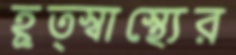
হূত্স্বাস্থ্যের